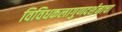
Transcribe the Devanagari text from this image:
विविधकलागुणदर्शनाचा